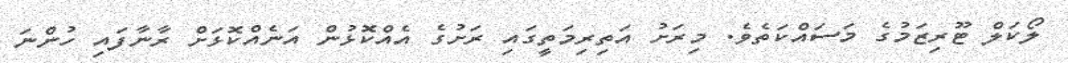
ލޯކަލް ޓޫރިޒަމުގެ މަސައްކަތެވެ. މިރަށު އަތިރިމަތީގައި ރަށުގެ އެއްކޮޅުން އަނެއްކޮޅަށް ރާނާފައި ހުންނަ